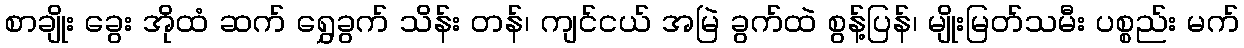
စာချိုး ခွေး အိုထံ ဆက် ရွှေခွက် သိန်း တန်၊ ကျင်ငယ် အမြဲ ခွက်ထဲ စွန့်ပြန်၊ မျိုးမြတ်သမီး ပစ္စည်း မက်